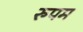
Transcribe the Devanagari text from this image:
रुपम